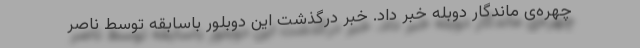
چهره‌ی ماندگار دوبله خبر داد. خبر درگذشت این دوبلور باسابقه توسط ناصر